Annual report on the working of the lock hospitals in the North-Western Provinces and Oudh
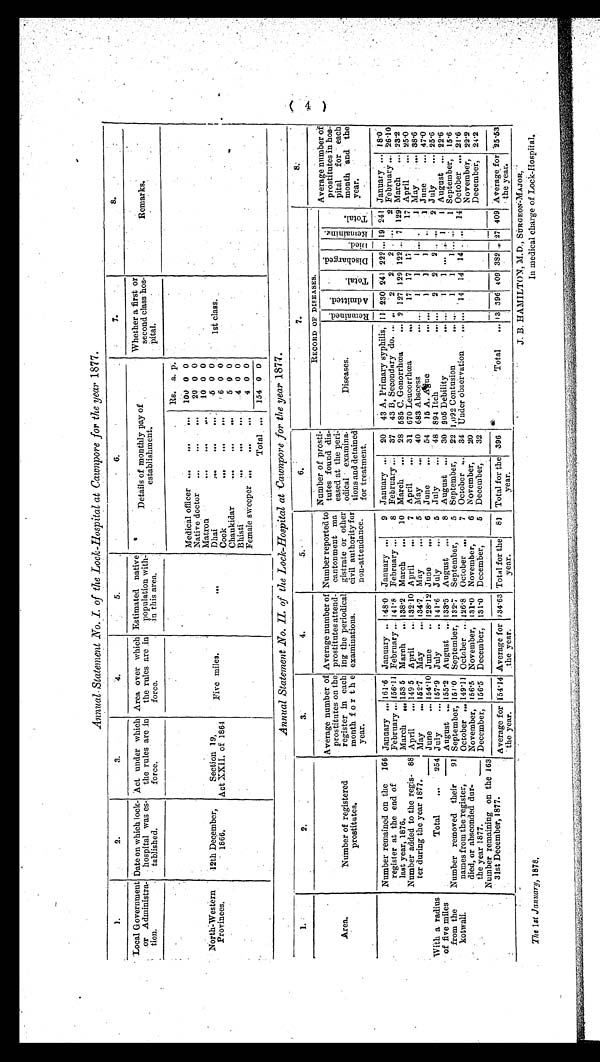
Annual. Statement No. I. of the Lock-Hospital at Cawnpore for the year 1877.
1.
2.
3.
4.
5.
6.
7.
8.
Local Government
or Administra-
tion.
Date on which lock-
hospital was es-
tablished.
Act under which
the rules are in
force.
Area over which
the rules are in
force.
Estimated native
population with-
in this area.
Details of monthly pay of
establishment.
Whether a first or
second class -hos-
pital.
R e m a r k s .
N o r t h - W e s t e r n P r o v i n e s .
12th December,
1866.
Section 19,
Act XXII. of 1864
F i v e m i l e s .
. . .
Medical officer ...
...
...
Rs. a. p.
0
1st class.
100 0
Native doctor
...
...
...
20 0 0
Matron
...
...
...
10 0 0
5 0 0
Dhai ... ... ...
6 0 0
Cook
... ...
...
0
5
0
Chaukidar ... ... ...
4 0 0
Bhisti ... ... ...
4 0 0
Female sweeper
...
...
154 0
Total ...
0
Annual Statement No. II. of the Lock-Hospital at Cawnpore for the year 1877.
1
2.
3.
4.
.
6.
7.
8.
Area.
Number of registered
prostitutes.
Average number of
prostitutes on the
register in each
month for the
year.
Average number of
prostitutes attend-
ing the periodical
examinations.
Number reported to
cantonment ma
gistrate or other
civil authority for
non-attendance.
Number of prosti-
tutes found dis-
eased at the peri-
odical examina-
tions and detained
for treatment.
RECORD OF DISEASES.
Average number of
prostitutes in hos-
pital for each
month and the
year.
Diseases.
Remai ned A d mi t e d .
Tot al
Discharged
Di edl
Remaining
Total
W ith a radius
of five miles
from the
kotwali.
Number remained on the
register at the end of
last year, 1876.
166 January ... 161.6 January .. 48.0
January ...
9 January ...
20
43 A. Primary syphilis, 11 230 241 222
...
19 241 January ... 18.0
February ... 26.10
February ... 156.11 February ... 141.8 February ...
8 February ...
37
49 B, Secondary do. ... ,.
2
2
2 ... ...
2
March
...
585 C. Gonorrhœa
... 2 127 129 122 .. 7 129 March
... 23.2
28
March
... 153 5
March
... 138'2
March
...
10
April
...
Number added to the regis-
ter during the year 1877.
88 April
.., 149 5
April
... 32 . 10
7
April
...
31 670 Leucorrhœa
...
17
17
17
17
25.0
April
,„,
May
. . . 38.6
May
... 152.7
May
... 134.7
May
...
5
May
..,
40 683 Abscess
... ...
1
1
1 ... ...
1
June
... 154.10 June
.. 128.12 June - ..,
6
June
...
54
15 A. Ague ...
... 1
1
1
...
1 June
... 47.0
Total
...
254 July
... 157.9
July
.. 141.6
July
...
5
July
..,
48 894 Itch
2
2
2 .. ...
2 July
... 25.6
August ... 155.2
August ... 133.5
August
...
8 August ...
30 905 Debility .. . ...
1
1 ... ... 1
1 August ... 22-6
Number removed their
names from the register,
died, or absconded dur-
the year 1877.
91
September ...
September,
15.6
September, 151.0
September, 132.7
September,
5
22 1,092 Contusion
1
I
1 ... ...
1
October ...
October ... 149.11 October ... 126.8
October ...
7
October ...
34 Under observation
... ...
14
14
14 ... ...
14
21.6
November,
22.2
November, 156.5 November, 131.0
November,
6
November,
20
December,
24.2
December, 156.5
December,
131.0
December,
5
December,
32
Number remaining on the
31st December, 1877.
163
Average for
the year.
154.14 Average for
the year.
134.63 Total for the
year.
81 Total for the
year.
396
Total
... 13 396 409 382 .,. 27 409 Average for
the year.
25.53
The 1st January, 1878,
J. B. HAMILTON, M.D., SURGEON-MAJOR,
In medical charge of Lock-Hospital,